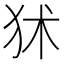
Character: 𤝞